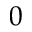
0